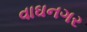
વાઘનગર